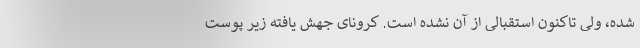
شده، ولی تاکنون استقبالی از آن نشده است. کرونای جهش یافته زیر پوست